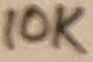
Text: 10K